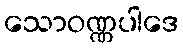
သောဝဏ္ဏပါဒေ